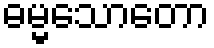
ဓမ္မသောတော